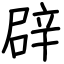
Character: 辟